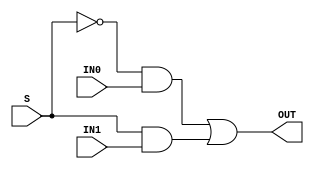
module onebit_(OUT, IN0, IN1, S);
    input IN0, IN1, S;
    output OUT;
    wire AND1OUT, AND2OUT;
    and and1(AND1OUT, ~S, IN0);
    and and2(AND2OUT, S, IN1);
    or or1(OUT, AND1OUT, AND2OUT);
endmodule

module twobit_(OUT, A, C, S, X0, X1);
    input A, C, S, X0, X1;
    output OUT;
    wire WIRE1, WIRE2, WIRE3;
    and and1(WIRE1, S, C, X0);
    and and2(WIRE2, S, ~C, A, X1);
    and and3(WIRE3, ~S, X1);
    or or1(OUT, WIRE1, WIRE2, WIRE3);
endmodule

module onebit_BITSHIFT(A, C, S, X, Y);
    input A, C, S;
    input[7:0] X;
    output[7:0] Y;
    
    twobit_ bit7(Y[7], A, C, S, X[0], X[7]);
    onebit_ bit6(Y[6], X[6], X[7], S);
    onebit_ bit5(Y[5], X[5], X[6], S);
    onebit_ bit4(Y[4], X[4], X[5], S);
    onebit_ bit3(Y[3], X[3], X[4], S);
    onebit_ bit2(Y[2], X[2], X[3], S);
    onebit_ bit1(Y[1], X[1], X[2], S);
    onebit_ bit0(Y[0], X[0], X[1], S);
endmodule

module onebit_BITSHIFT_2(A, C, S, X, Y);
    input A, C, S;
    input[7:0] X;
    output[7:0] Y;
    
    twobit_ bit7(Y[7], A, C, S, X[1], X[7]);
    twobit_ bit6(Y[6], A, C, S, X[0], X[6]);
    onebit_ bit5(Y[5], X[5], X[7], S);
    onebit_ bit4(Y[4], X[4], X[6], S);
    onebit_ bit3(Y[3], X[3], X[5], S);
    onebit_ bit2(Y[2], X[2], X[4], S);
    onebit_ bit1(Y[1], X[1], X[3], S);
    onebit_ bit0(Y[0], X[0], X[2], S);
endmodule

module onebit_BITSHIFT_3(A, C, S, X, Y);
    input A, C, S;
    input[7:0] X;
    output[7:0] Y;
    
    twobit_ bit7(Y[7], A, C, S, X[3], X[7]);
    twobit_ bit6(Y[6], A, C, S, X[2], X[6]);
    twobit_ bit5(Y[5], A, C, S, X[1], X[5]);
    twobit_ bit4(Y[4], A, C, S, X[0], X[4]);
    onebit_ bit3(Y[3], X[3], X[7], S);
    onebit_ bit2(Y[2], X[2], X[6], S);
    onebit_ bit1(Y[1], X[1], X[5], S);
    onebit_ bit0(Y[0], X[0], X[4], S);
endmodule

module EIGHTBITSHIFT_RO(A, C, S, DATA, OUT);
    input A, C;
    input[2:0] S;
    input[7:0] DATA;
    output reg[7:0] OUT;
    wire[7:0]  WIRE1, WIRE2,WIRE3;
    onebit_BITSHIFT shift0(A, C, S[0], DATA, WIRE1);
	onebit_BITSHIFT_2 shift1(A, C, S[1], WIRE1, WIRE2);
	onebit_BITSHIFT_3 shift2(A, C, S[2], WIRE2, WIRE3);
	
	always @ (A,C,S,DATA)
	begin
	
		#1 OUT = WIRE3;
	
	end
	
endmodule

/*
module tb;
    reg[7:0] DATA;
    reg [2:0] S;
    reg A, C;
    wire[7:0] OUT;
    EIGHTBITSHIFT shift(A, C, S, DATA, OUT);
    initial begin
        $monitor("\t%g\t\t%b\t%b\t%b",$time, S, DATA, OUT);
        DATA = 8'b0101_0001; S = 0; A = 1; C = 1;
        #5 S = 1;
		#5 S = 2;
		#5 S = 3;
		#5 S = 4;
		#5 S = 5;
		#5 S = 6;
		#5 S = 7;
        
    end
endmodule
*/